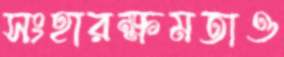
সংহারক্ষমতাও